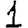
Digit: 1